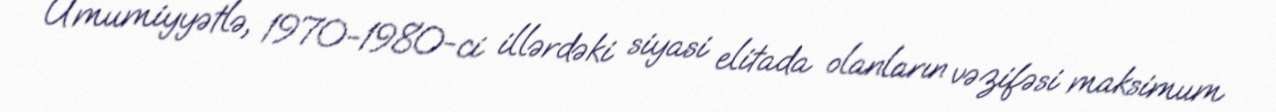
Ümumiyyətlə, 1970-1980-ci illərdəki siyasi elitada olanların vəzifəsi maksimum